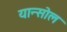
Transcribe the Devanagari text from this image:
यान्सोल